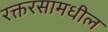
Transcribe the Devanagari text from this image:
रक्तरसामधील